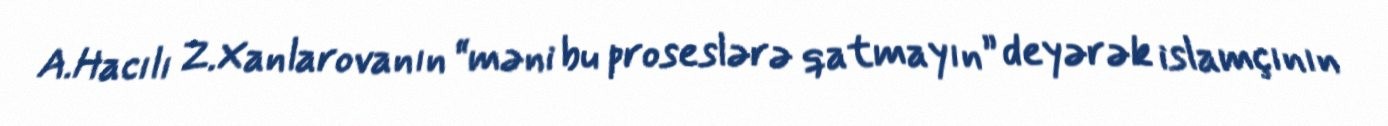
A.Hacılı Z.Xanlarovanın “məni bu proseslərə qatmayın” deyərək islamçının